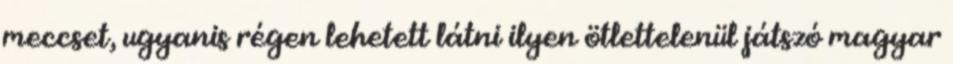
meccset, ugyanis régen lehetett látni ilyen ötlettelenül játszó magyar